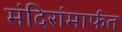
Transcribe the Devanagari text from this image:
मंदिरांमार्फत